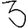
Digit: 3